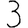
Digit: 3